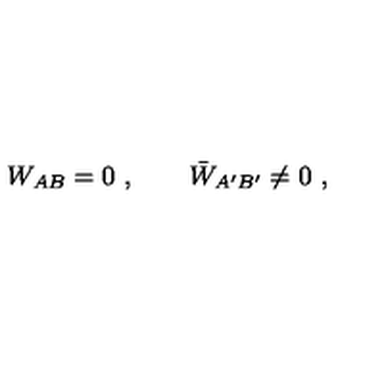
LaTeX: W _ { A B } = 0 \ , \qquad \bar { W } _ { A ^ { \prime } B ^ { \prime } } \neq 0 \ ,